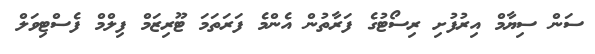
ސަން ސިޔާމް އިރުފުށި ރިސޯޓުގެ ފަރާތުން އެންމެ ފަރަތަމަ ޓޫރިޒަމް ފިލްމް ފެސްޓިވަލް